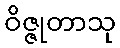
ဝိဇ္ဇုတာသု